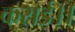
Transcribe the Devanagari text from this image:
कराई।।